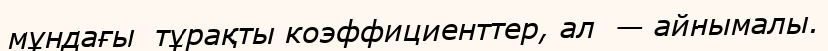
мұндағы  тұрақты коэффициенттер, ал  — айнымалы.